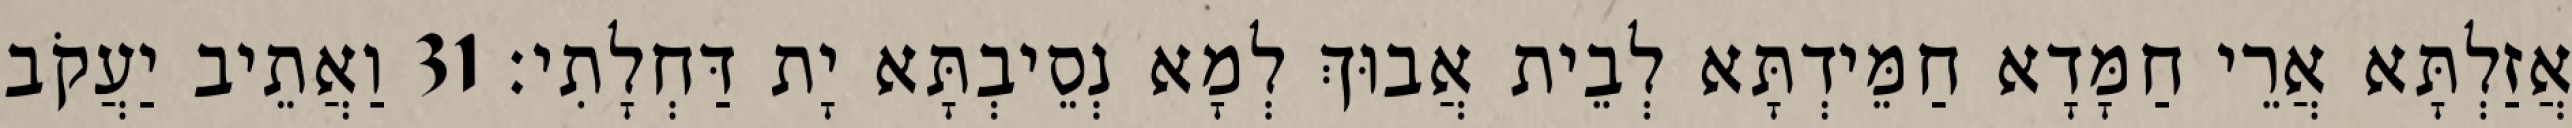
אֲזַלְתָּא אֲרֵי חַמָּדָא חַמֵּידְתָּא לְבֵית אֲבוּךְ לְמָא נְסֵיבְתָּא יָת דַּחְלָתִי׃ 31 וַאֲתֵיב יַעֲקֹב